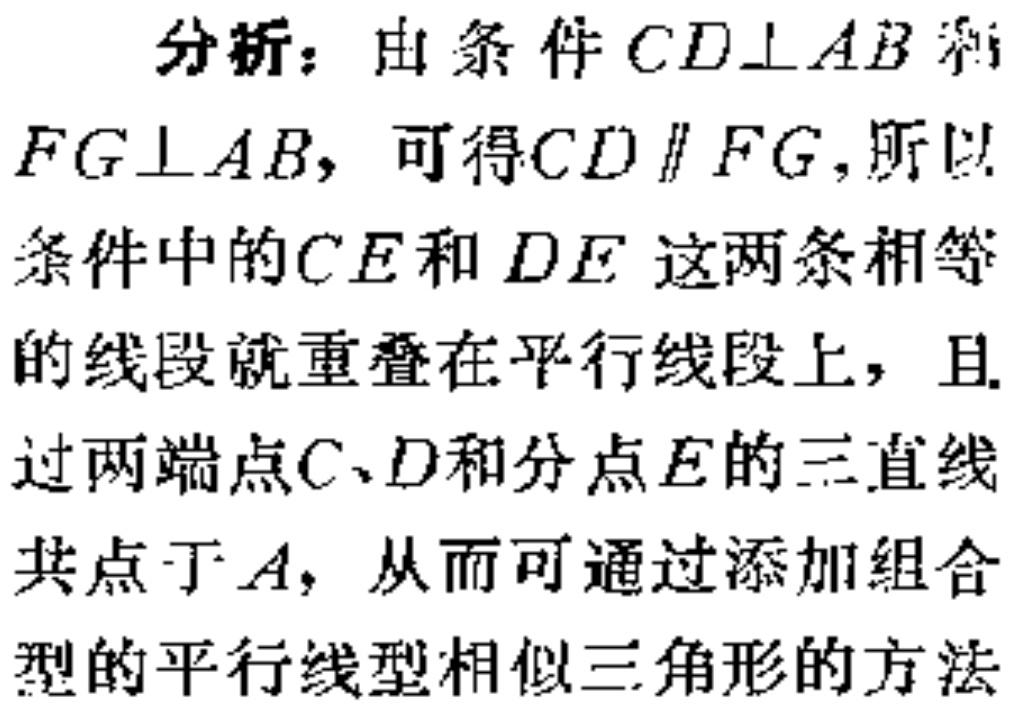
分析：由条件\(CD\perp AB\)和
\(FG\perp AB\)，可得\(CD \parallel FG\)，所以
条件中的\(CE\)和\(DE\) 这两条相等
的线段就重叠在平行线段上，且
过两端点\(C、D\)和分点\(E\)的三直线
共点于\(A\)，从而可通过添加组合
型的平行线型相似三角形的方法